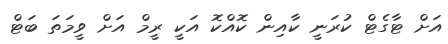
އަށް ޓާގެޓް ކުރަނީ ކާއިން ކޮއްކޮ އަކީ ރީމް އަށް ވީމަތަ ބަޓް